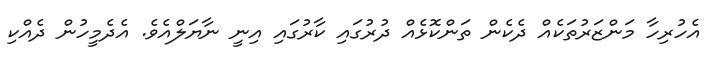
އެހުރިހާ މަންޒަރުތަކެއް ދެކެން ތަންކޮޅެއް ދުރުގައި ކާރުގައި އިނީ ނާޔަލްއެވެ. އެދެމީހުން ދެއްކި